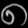
Digit: ၈